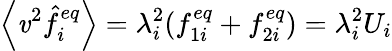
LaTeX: \left\langle\mathit{v}^{2}\hat{{f}}_{i}^{eq}\right\rangle=\lambda_{i}^{2}(f_{1i}^{eq}+f_{2i}^{eq})=\lambda_{i}^{2}U_{i}